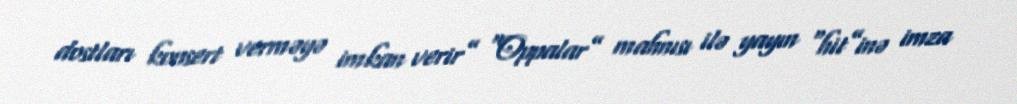
dostları konsert verməyə imkan verir” “Oppalar” mahnısı ilə yayın “hit”inə imza